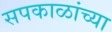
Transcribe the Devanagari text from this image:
सपकाळांच्या